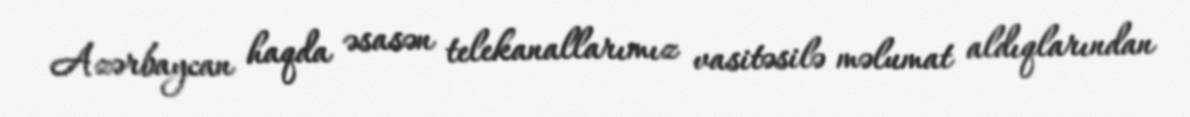
Azərbaycan haqda əsasən telekanallarımız vasitəsilə məlumat aldıqlarından